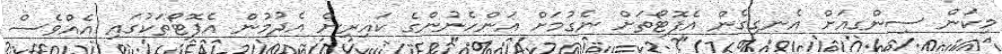
މިކަން ސިންގއަށް އެނގިގެން އެފޮޓޯތަށް ނެގުމަށް އަންހެނުންގެ ކައިރިން އެދުމުން އެފޮޓޯތަކުގައި އެއްވެސް